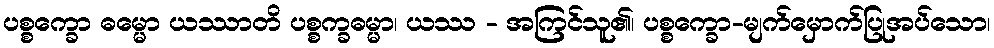
ပစ္စက္ခော ဓမ္မော ယဿာတိ ပစ္စက္ခဓမ္မာ၊ ယဿ - အကြင်သူ၏၊ ပစ္စက္ခော-မျက်မှောက်ပြုအပ်သော၊